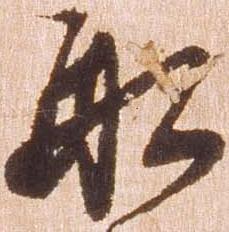
船